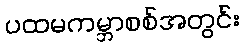
ပထမကမ္ဘာစစ်အတွင်း